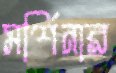
মর্শিনার